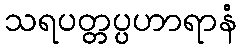
သရပတ္တပ္ပဟာရာနံ